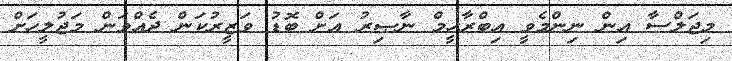
މިޖަލްސާ އިން ނިންމެވީ އިބްރާހީމް ނާޞިރު އަށް ބޮޑު ވަޒީރުކަން ދެއްވަން މަޖުލީހަށް